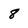
Character: 8